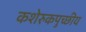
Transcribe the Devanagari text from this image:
कशेरुकपुच्छीय